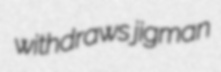
withdraws jigman